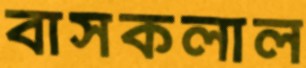
বাসকলাল